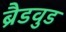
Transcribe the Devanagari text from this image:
ब्रैडवुड